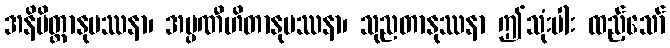
အနိမိတ္တာနုပဿနာ၊ အပ္ပဏီဟိတာနုပဿနာ၊ သုညတာနုဿနာ ဤသုံးပါး ထည့်သော်